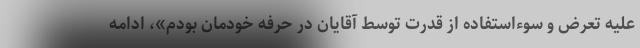
علیه تعرض و سوءاستفاده از قدرت توسط آقایان در حرفه خودمان بودم»، ادامه